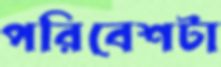
পরিবেশটা